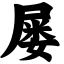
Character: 屡